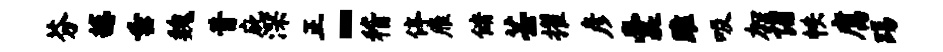
芬撼垂魏昔庇深正~稽停雁储芸擢彦囊雎吸加诣帙腐踢